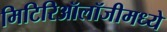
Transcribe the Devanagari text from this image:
मिटिरिऑलॉजीमध्ये